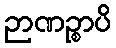
ဉာဏဉ္စာပိ